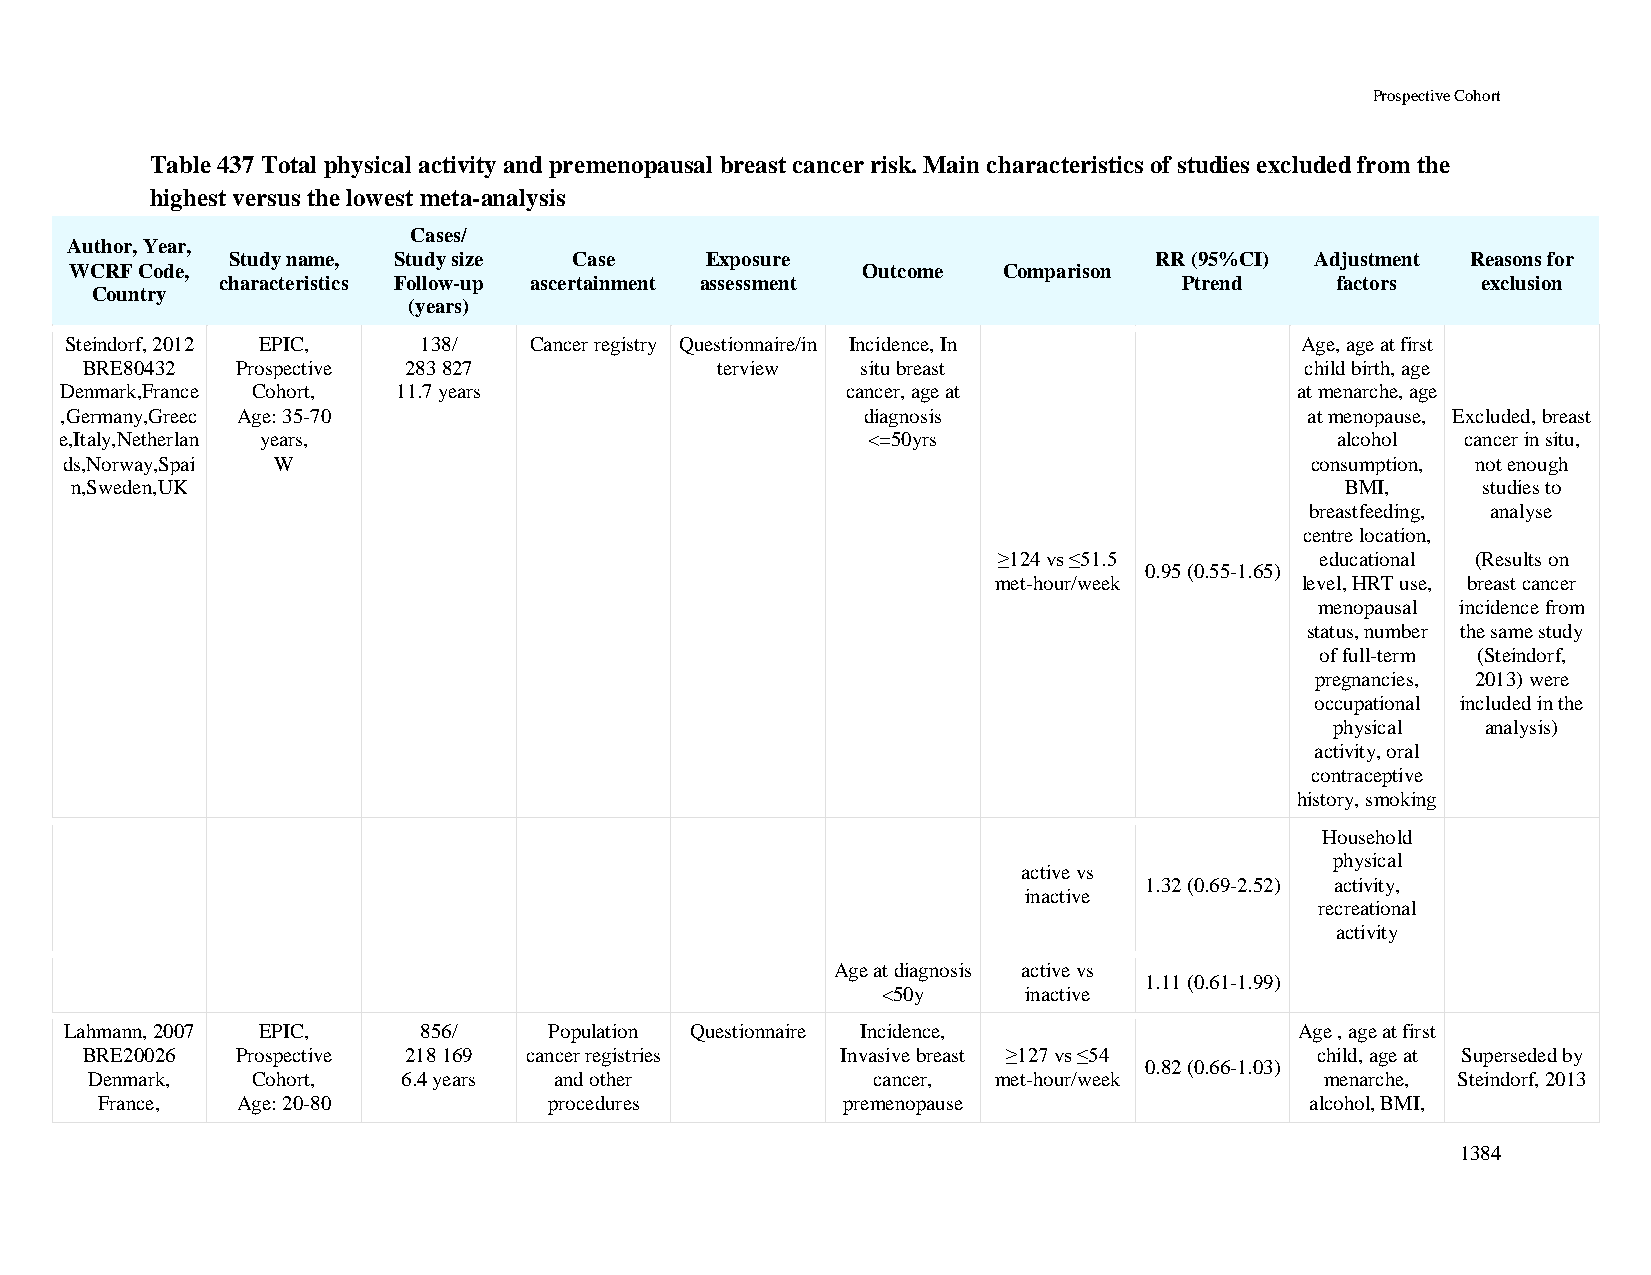
Prospective Cohort
 Table 437 Total physical activity and premenopausal breast cancer risk. Main characteristics of studies excluded from the
 highest versus the lowest meta-analysis
 Cases/
 Author, Year,
 Study name, Study size Case     Exposure                     RR (95%CI) Adjustment Reasons for
 WCRF Code,                                          Outcome  Comparison
 characteristics Follow-up ascertainment assessment             Ptrend    factors   exclusion
 Country
 (years)
 Steindorf, 2012 EPIC,   138/   Cancer registry Questionnaire/in Incidence, In     Age, age at first
 BRE80432   Prospective 283 827            terview   situ breast                  child birth, age
 Denmark,France Cohort, 11.7 years                   cancer, age at                at menarche, age
 ,Germany,Greec Age: 35-70                            diagnosis                     at menopause, Excluded, breast
 e,Italy,Netherlan years,                             <=50yrs                        alcohol  cancer in situ,
 ds,Norway,Spai W                                                                   consumption, not enough
 n,Sweden,UK                                                                         BMI,     studies to
 breastfeeding, analyse
 centre location,
 ≥124 vs ≤51.5        educational (Results on
 0.95 (0.55-1.65)
 met-hour/week       level, HRT use, breast cancer
 menopausal incidence from
 status, number the same study
 of full-term (Steindorf,
 pregnancies, 2013) were
 occupational included in the
 physical  analysis)
 activity, oral
 contraceptive
 history, smoking
 Household
 physical
 active vs
 1.32 (0.69-2.52) activity,
 inactive
 recreational
 activity
 Age at diagnosis active vs
 1.11 (0.61-1.99)
 <50y      inactive
 Lahmann, 2007 EPIC,     856/    Population Questionnaire Incidence,               Age , age at first
 BRE20026   Prospective 218 169 cancer registries   Invasive breast ≥127 vs ≤54    child, age at Superseded by
 0.82 (0.66-1.03)
 Denmark,   Cohort,   6.4 years and other            cancer, met-hour/week         menarche, Steindorf, 2013
 France,  Age: 20-80          procedures          premenopause                   alcohol, BMI,
 1384